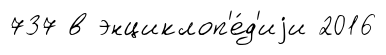
737 в энциклоп'е́д'иjи 2016